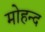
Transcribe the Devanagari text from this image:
मोहन्द